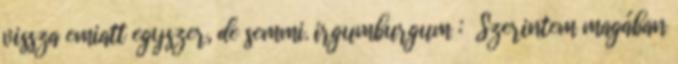
vissza emiatt egyszer, de semmi. irgumburgum : Szerintem magában